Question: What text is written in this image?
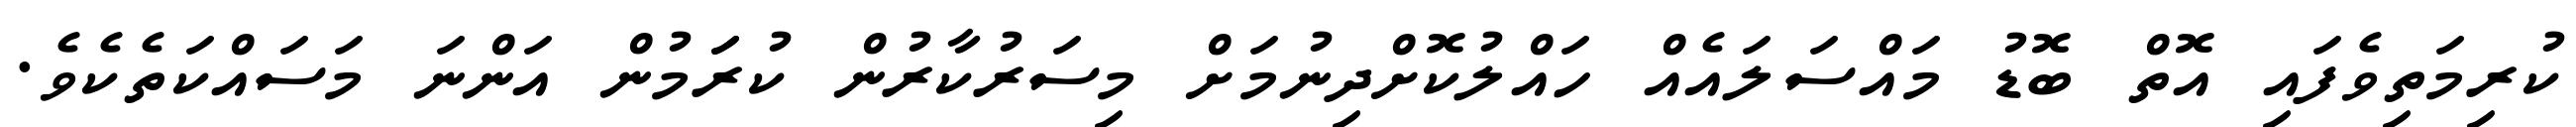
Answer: ކުރިމަތިވެފައި އޮތް ބޮޑު މައްސަލައެއް ހައްލުކޮށްދިނުމަށް މިސަރުކާރުން ކުރަަމުން އަންނަ މަސައްކަތެކެވެ.